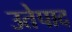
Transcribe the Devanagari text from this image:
उतेपाद